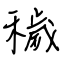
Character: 穢